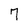
Character: 7